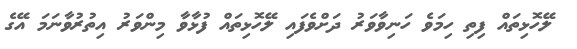
ލޭހޮޅިތައް ފިތި ހިމަވެ ހަނިވާވަރު ދަށްވެފައި ލޭހޮޅިތައް ފުޅާވާ މިންވަރު އިތުރުވާނަމަ އޭގެ